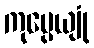
ကုပ္ပေယျုံ